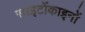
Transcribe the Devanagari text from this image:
साइटोंकाइनों